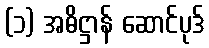
(၁) အဓိဋ္ဌာန် ဆောင်ပုဒ်